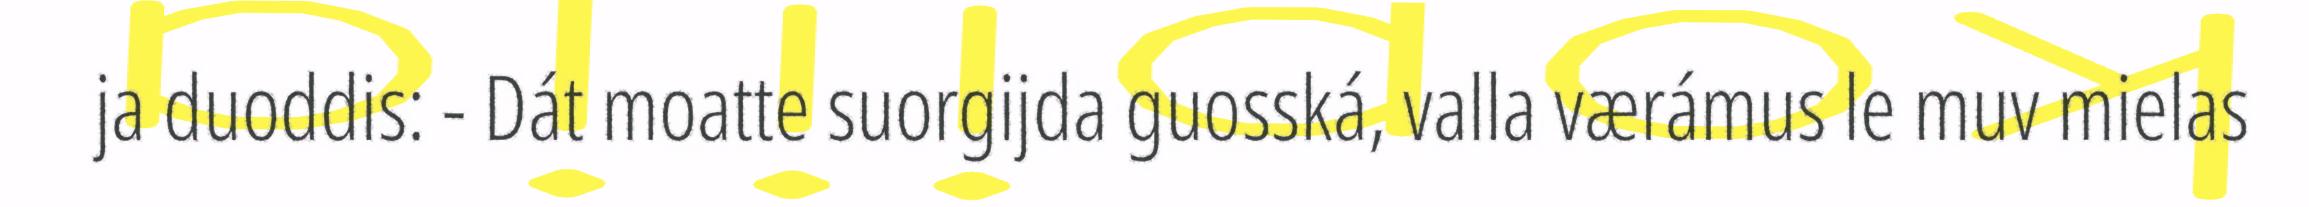
ja duoddis: - Dát moatte suorgijda guosská, valla værámus le muv mielas